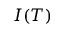
I ( T )